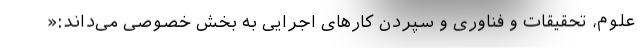
علوم، تحقیقات و فناوری و سپردن کارهای اجرایی به بخش خصوصی می‌داند:«